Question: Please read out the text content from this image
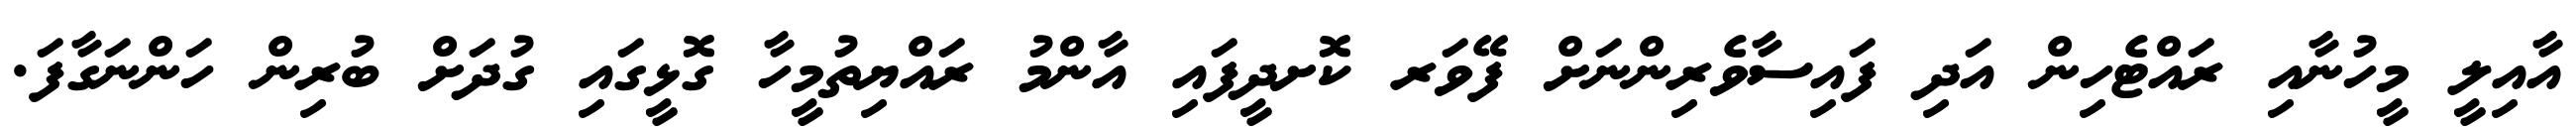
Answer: އާއިލީ މީހުނާއި ރައްޓެހިން އަދި ފައިސާވެރިންނަށް ފޭވަރ ކޮށދީފައި އާންމު ރައްޔިތުމީހާ ގޮޅީގައި ގުދަށް ބުރިން ހަންނަގާފަ.